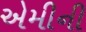
એમીની